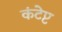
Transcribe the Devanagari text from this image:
कंटेप्ट